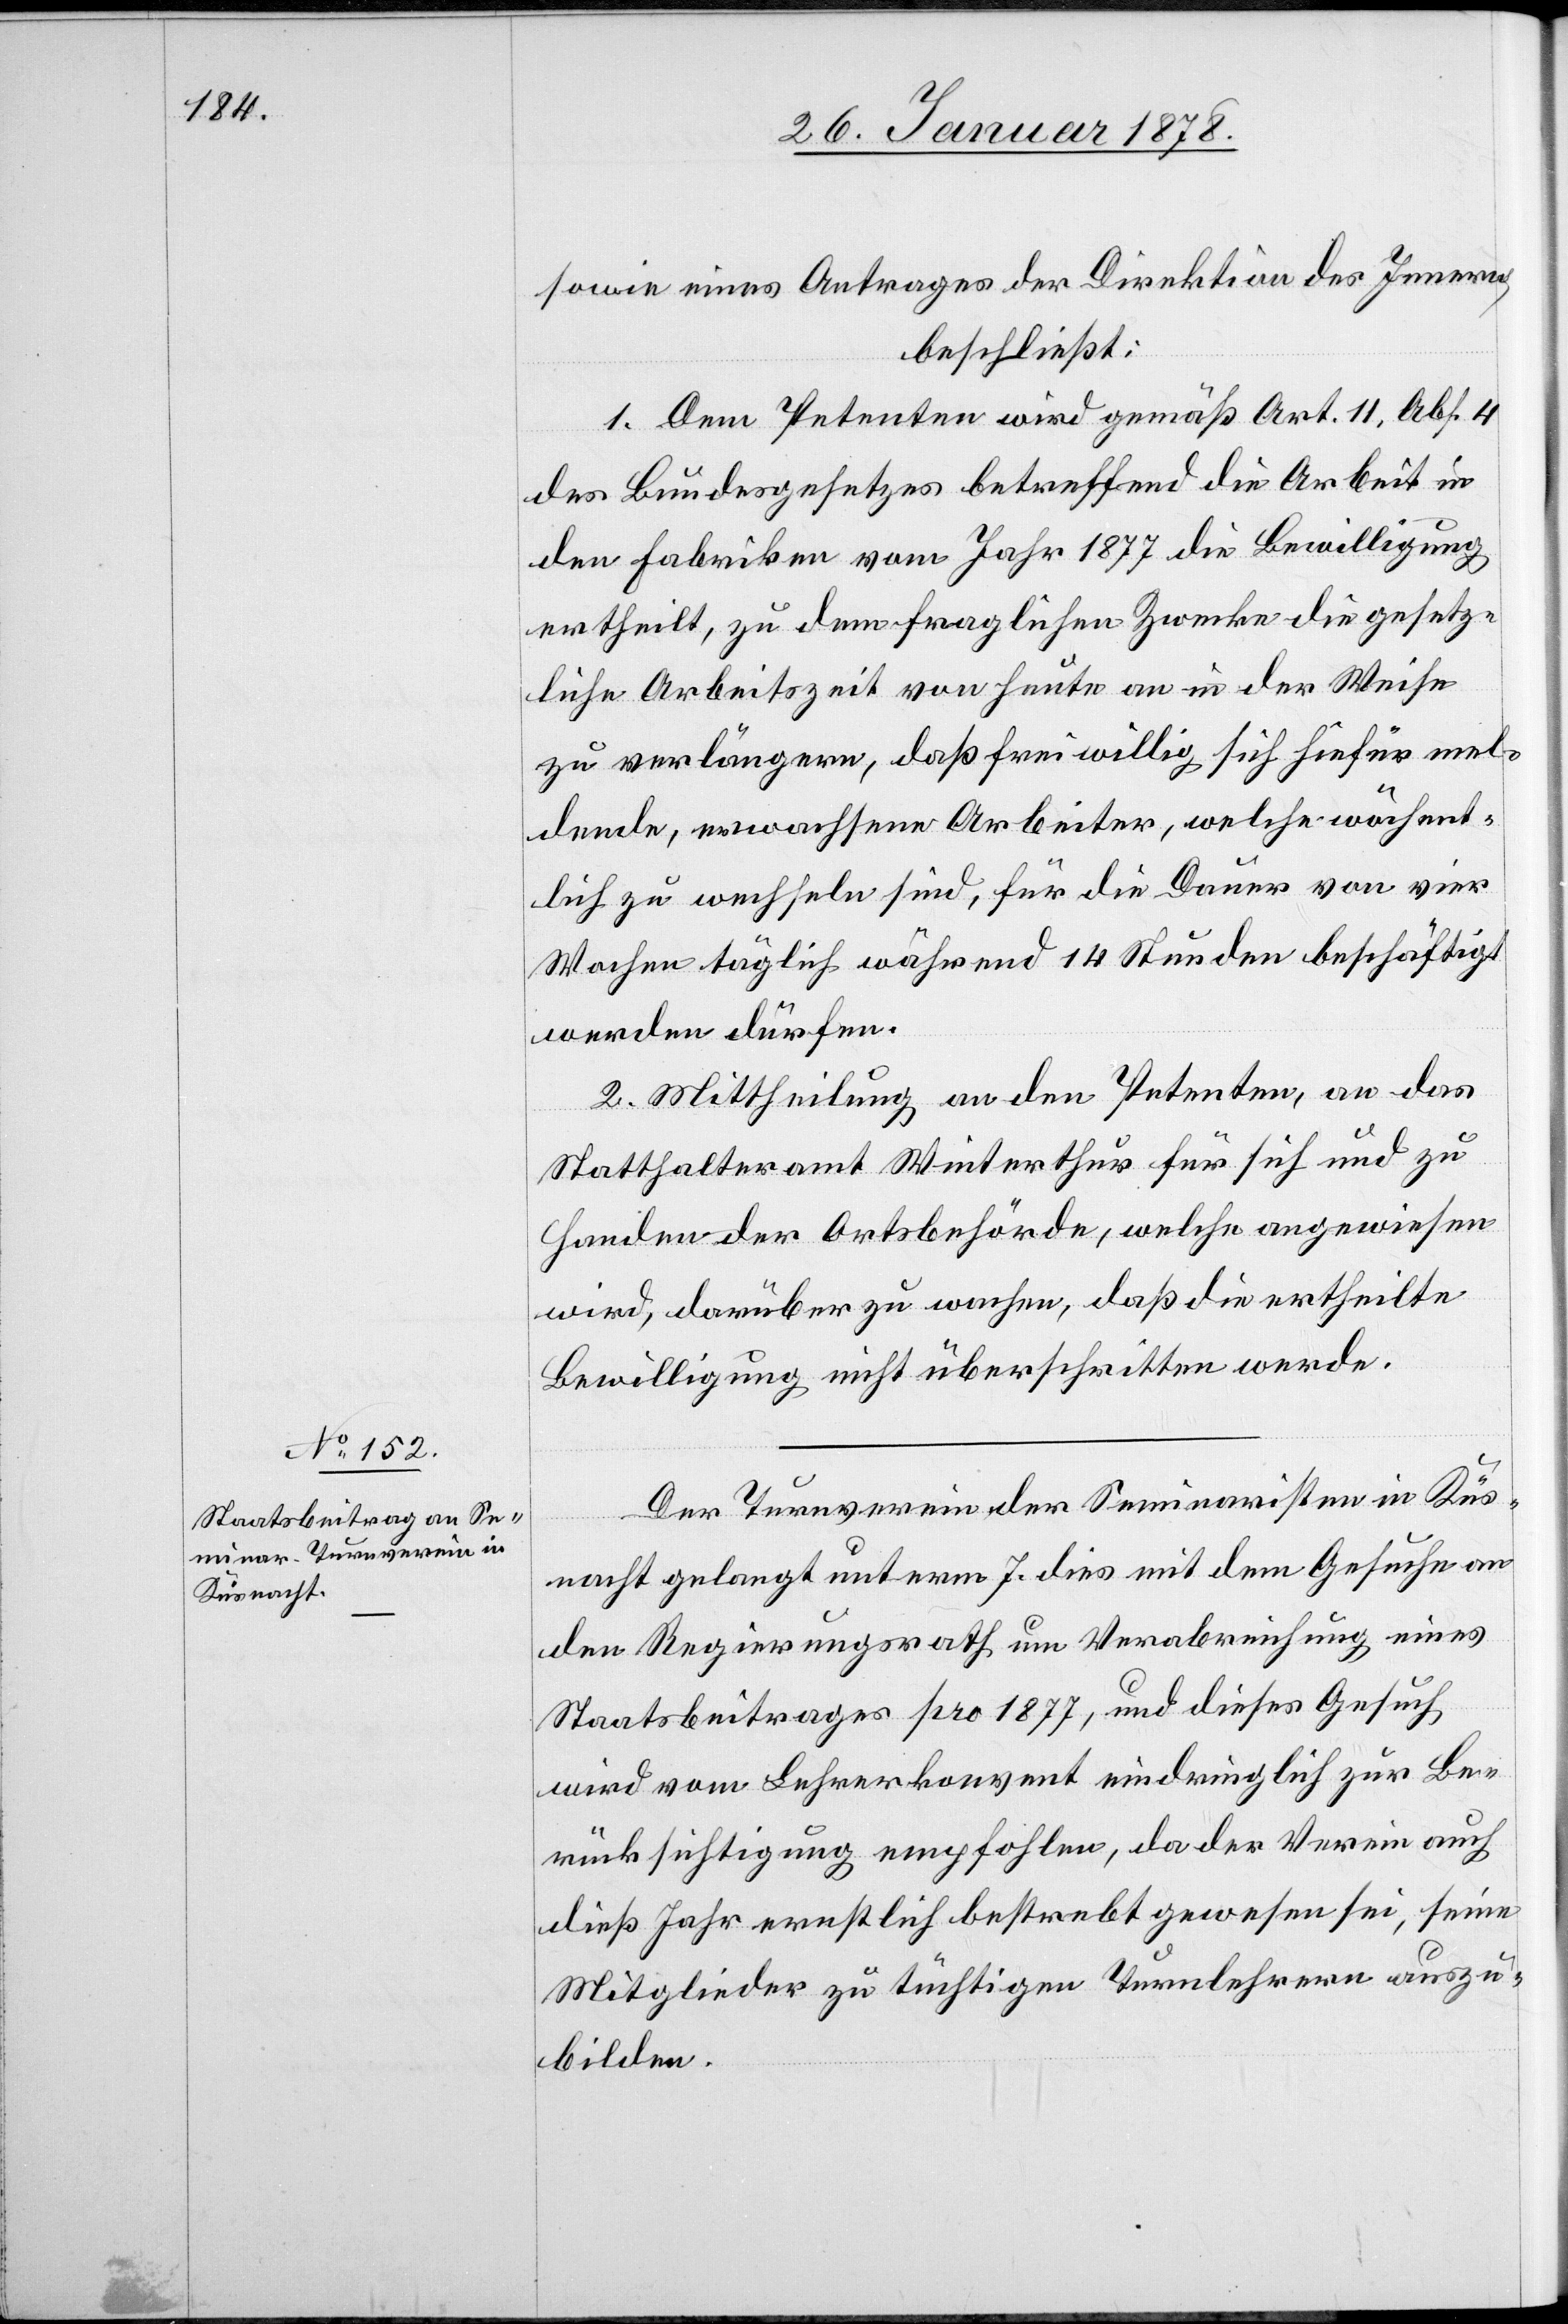
sowie eines Antrages der Direktion des Innern,
beschließt:
1. Dem Petenten wird gemäß Art. 11, Abs. 4
des Bundesgesetzes betreffend die Arbeit in
den Fabriken vom Jahr 1877 die Bewilligung
ertheilt, zu dem fraglichen Zwecke die gesetz¬
liche Arbeitszeit von heute an in der Weise
zu verlängern, daß freiwillig sich hiefür mel¬
dende, erwachsene Arbeiter, welche wöchent¬
lich zu wechseln sind, für die Dauer von vier
Wochen täglich während 14 Stunden beschäftigt
werden dürfen.
2. Mittheilung an den Petenten, an das
Statthalteramt Winterthur für sich und zu
Handen der Ortsbehörde, welche angewiesen
wird, darüber zu wachen, daß die ertheilte
Bewilligung nicht überschritten werde.
Der Turnverein der Seminaristen in Küs¬
nacht gelangt unterm 7. dies mit dem Gesuche an
den Regierungsrath um Verabreichung eines
Staatsbeitrages pro 1877, und dieses Gesuch
wird vom Lehrerkonvent eindringlich zur Be¬
rücksichtigung empfohlen, da der Verein auch
dieß Jahr ernstlich bestrebt gewesen sei, seine
Mitglieder zu tüchtigen Turnlehrern auszu¬
bilden.